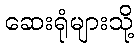
ဆေးရုံများသို့